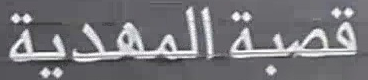
قصبةالمهدية